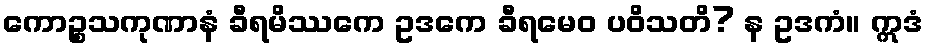
ကောဉ္စသကုဏာနံ ခီရမိဿကေ ဥဒကေ ခီရမေဝ ပဝိသတိ? န ဥဒကံ။ ဣဒံ